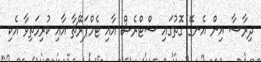
ދިރާސާ އިން އެނގޭ ގޮތުގައި ސްޓްރެސް އާއި ޓެމްޕަރޭޗާ އާއި ކުރިމަތިވާ އެކި